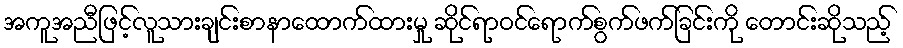
အကူအညီဖြင့်လူသားချင်းစာနာထောက်ထားမှု ဆိုင်ရာဝင်ရောက်စွက်ဖက်ခြင်းကို တောင်းဆိုသည့်